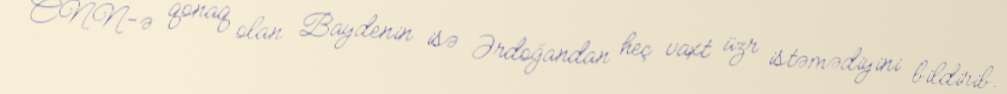
CNN-ə qonaq olan Baydenin isə Ərdoğandan heç vaxt üzr istəmədiyini bildirib.